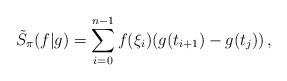
LaTeX: \begin{align*}\tilde S_\pi(f|g)=\sum_{i=0}^{n-1} f(\xi_i)(g(t_{i+1})-g(t_j))\,,\end{align*}